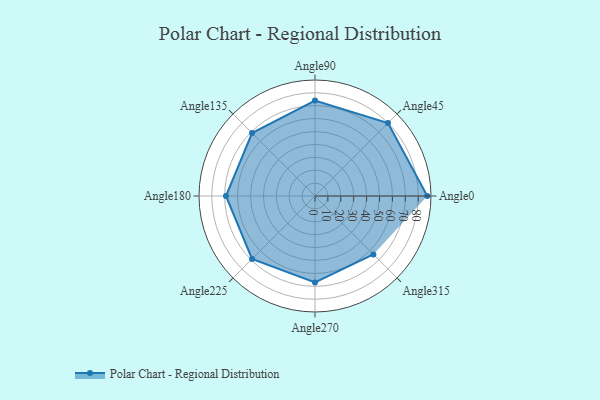
{"axis": {"x": "Angle", "y": "Radius"}, "legend": [""], "data": [{"x": "Angle0", "y": 87.0, "type": ""}, {"x": "Angle45", "y": 80.0, "type": ""}, {"x": "Angle90", "y": 74.0, "type": ""}, {"x": "Angle135", "y": 69.0, "type": ""}, {"x": "Angle180", "y": 69.0, "type": ""}, {"x": "Angle225", "y": 69.0, "type": ""}, {"x": "Angle270", "y": 67.0, "type": ""}, {"x": "Angle315", "y": 64.0, "type": ""}]}